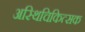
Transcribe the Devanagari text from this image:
अस्थिचिकित्सक